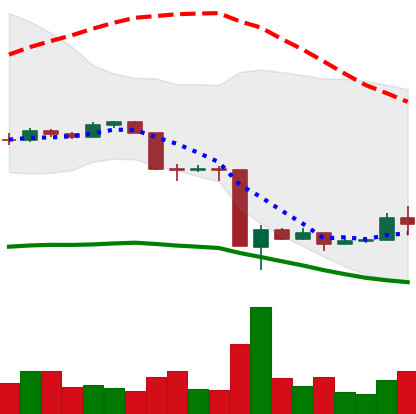
Ticker: EOS-USD
Chart end date: 2020-03-20
Forward return: 4.186%
Label: up_3_5